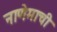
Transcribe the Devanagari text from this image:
नाणेमाची